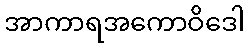
အာကာရအကောဝိဒေါ